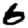
Digit: 6